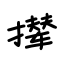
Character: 撵